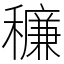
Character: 䆂